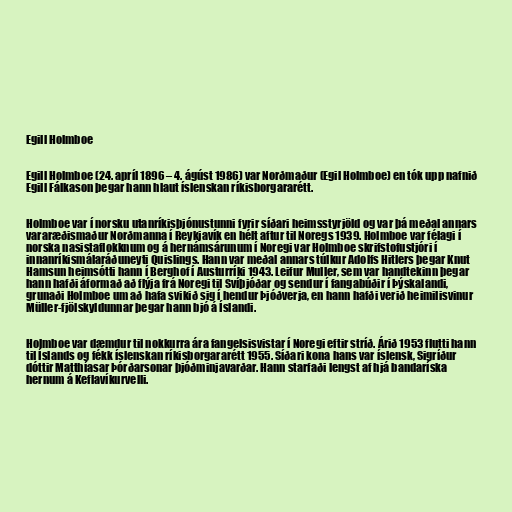
Egill Holmboe

Egill Holmboe (24. apríl 1896 – 4. ágúst 1986) var Norðmaður (Egil Holmboe) en tók upp nafnið
Egill Fálkason þegar hann hlaut íslenskan ríkisborgararétt.

Holmboe var í norsku utanríkisþjónustunni fyrir síðari heimsstyrjöld og var þá meðal annars
vararæðismaður Norðmanna í Reykjavík en hélt aftur til Noregs 1939. Holmboe var félagi í
norska nasistaflokknum og á hernámsárunum í Noregi var Holmboe skrifstofustjóri í
innanríkismálaráðuneyti Quislings. Hann var meðal annars túlkur Adolfs Hitlers þegar Knut
Hamsun heimsótti hann í Berghof í Austurríki 1943. Leifur Muller, sem var handtekinn þegar
hann hafði áformað að flýja frá Noregi til Svíþjóðar og sendur í fangabúðir í Þýskalandi,
grunaði Holmboe um að hafa svikið sig í hendur Þjóðverja, en hann hafði verið heimilisvinur
Müller-fjölskyldunnar þegar hann bjó á Íslandi.

Holmboe var dæmdur til nokkurra ára fangelsisvistar í Noregi eftir stríð. Árið 1953 flutti hann
til Íslands og fékk íslenskan ríkisborgararétt 1955. Síðari kona hans var íslensk, Sigríður
dóttir Matthíasar Þórðarsonar þjóðminjavarðar. Hann starfaði lengst af hjá bandaríska
hernum á Keflavíkurvelli.